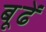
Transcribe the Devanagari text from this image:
बूढें